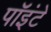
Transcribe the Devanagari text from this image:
पॉइंटे